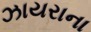
ઝાયરાના